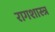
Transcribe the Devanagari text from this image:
रागशास्त्र